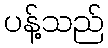
ပန့်သည်